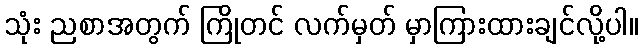
သုံး ညစာအတွက် ကြိုတင် လက်မှတ် မှာကြားထားချင်လို့ပါ။